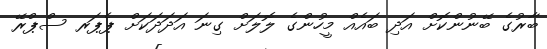
ބާރުގެ ބޭނުންކޮށް އަދި ބައެއް މީހުންގެ ލޮލަށް ގިނަ އަދަދަކަށް ޕެޕަރ ސްޕްރޭ